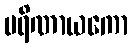
ပရိဏာယကော